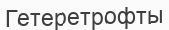
Гетеретрофты